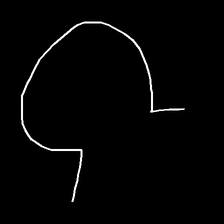
Glyph: weave